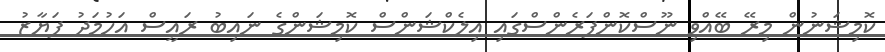
ކޮމިޝަނުން މިރޭ ބޭއްވި ނޫސްކޮންފަރެންސްގައި އިލެކްޝަންސް ކޮމިޝަންގެ ނައިބު ރައީސް އަހުމަދު ފަޔާޒު